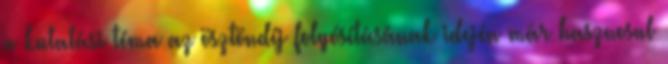
a kutatási téma az ösztöndíj folyósításának idején már hasznosul